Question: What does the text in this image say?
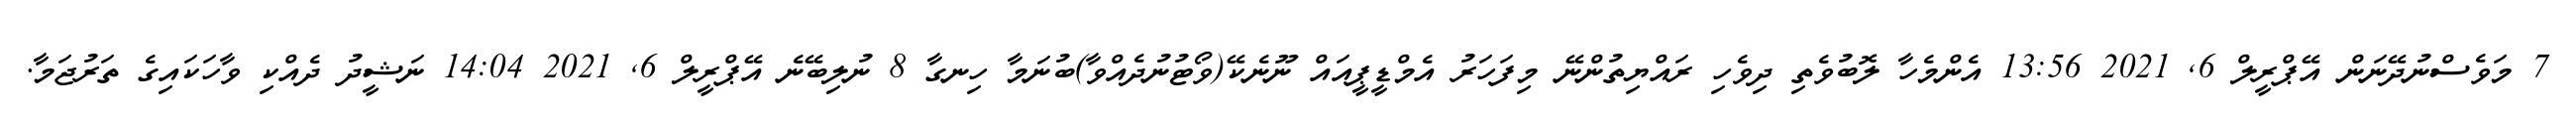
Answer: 7 މަވެސްނުދޭނަން އޭޕްރީލް 6, 2021 13:56 އެންމެހާ ލޮބުވެތި ދިވެހި ރައްޔިތުންނޭ މިފަހަރު އެމްޑީޕީއައް ނޫނެކޭ(ވޯޓުނުދެއްވާ)ބުނަމާ ހިނގާ 8 ނުލިބޭނެ އޭޕްރީލް 6, 2021 14:04 ނަޝީދު ދެއްކި ވާހަކައިގެ ތަރުޖަމާ.